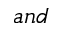
a n d